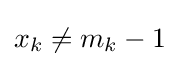
x_{k}\neq m_{k}-1